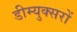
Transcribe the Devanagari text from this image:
डीम्युक्सरों